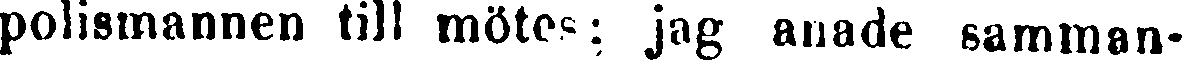
polismannen till mötes: jag anade samman-